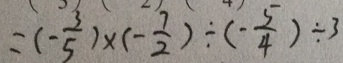
= ( - \frac { 3 } { 5 } ) \times ( - \frac { 7 } { 2 } ) \div ( - \frac { 5 } { 4 } ) \div 3